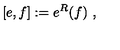
[ e , f ] : = e ^ { R } ( f ) \ ,